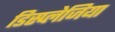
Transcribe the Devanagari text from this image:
डिस्प्लेजिया